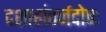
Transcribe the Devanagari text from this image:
दशाहांतर्नदोषः